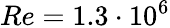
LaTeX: Re=1.3\cdot 10^{6}